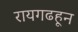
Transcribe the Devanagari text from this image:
रायगढहून